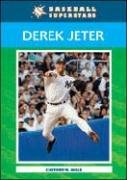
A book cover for Derek Jeter (Baseball Superstars); Clifford W. Mills; Teen & Young Adult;